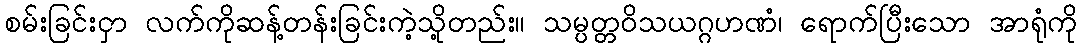
စမ်းခြင်းငှာ လက်ကိုဆန့်တန်းခြင်းကဲ့သို့တည်း။ သမ္ပတ္တဝိသယဂ္ဂဟဏံ၊ ရောက်ပြီးသော အာရုံကို